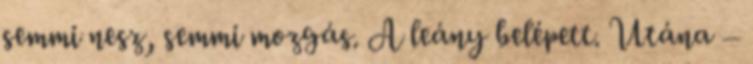
semmi nesz, semmi mozgás. A leány belépett. Utána –